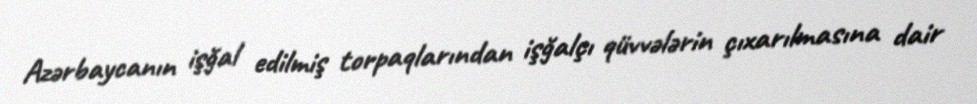
Azərbaycanın işğal edilmiş torpaqlarından işğalçı qüvvələrin çıxarılmasına dair